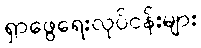
ရှာဖွေရေးလုပ်ငန်းများ